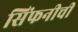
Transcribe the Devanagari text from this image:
सिंफनीची